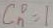
C _ { n } ^ { 0 } = 1